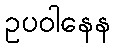
ဥပဝါနေန